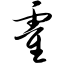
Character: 霍